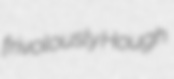
frivolously Hough